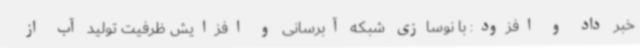
خبر داد و افزود: با نوسازی شبکه آبرسانی و افزایش ظرفیت تولید آب از